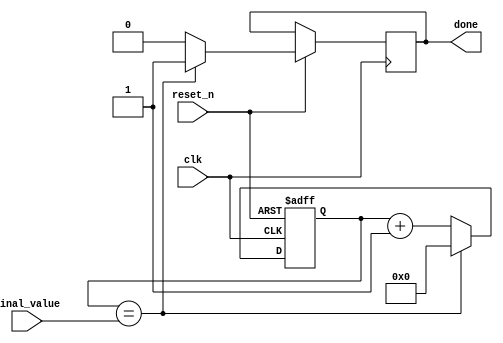
// Timer Using Counter 

module TimerC 
				#(parameter n = 8)
				(
				input clk,reset_n,
				input [n-1:0] final_value,
				output reg done
				);
				
				reg [n-1:0] Q;
				
				always @ (posedge clk , negedge reset_n)
				begin
					if (~reset_n)
						Q <= 'b0;
					
					else
					begin
						if ( Q == final_value)
						begin
							done <= 1'b1;
							Q <= 'b0;
						end
						else 
						begin
							done <= 1'b0;
							Q <= Q+1;
						end
					end
				end
endmodule